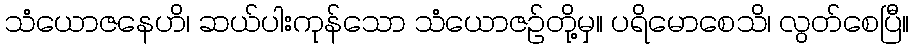
သံယောဇနေဟိ၊ ဆယ်ပါးကုန်သော သံယောဇဉ်တို့မှ။ ပရိမောစေသိ၊ လွတ်စေပြီ။